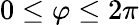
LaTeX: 0\leq\varphi\leq 2\pi